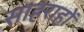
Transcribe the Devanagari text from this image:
स़ाहराहों